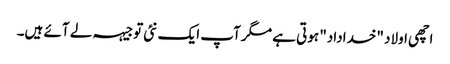
اچھی اولاد "خداداد" ہوتی ہے مگر آپ ایک نئی توجیہہ لے آئے ہیں۔